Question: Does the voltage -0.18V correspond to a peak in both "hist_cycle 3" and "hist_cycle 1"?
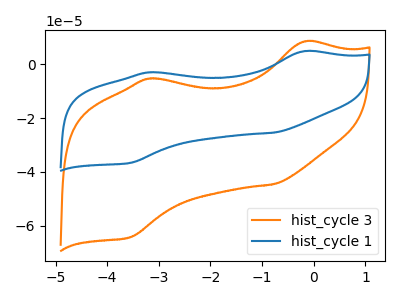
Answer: <think>The orange curve "hist_cycle 3" has anodic peaks at (-0.20V, 8.40uA) (-3.20V, -5.35uA) and cathodic peaks at (-0.75V, -44.55uA) (-3.55V, -64.20uA). The blue curve "hist_cycle 1" has anodic peaks at (-0.20V, 4.80uA) (-3.20V, -3.05uA) and cathodic peaks at (-0.75V, -25.40uA) (-3.55V, -36.65uA).</think>
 <answer>Yes, "hist_cycle 3" and "hist_cycle 1" share a peak at -0.18V.</answer>
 <eval>match</eval>